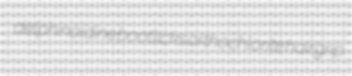
delphinoidine bootlicks orthochlorite hairgrip